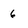
Character: 6